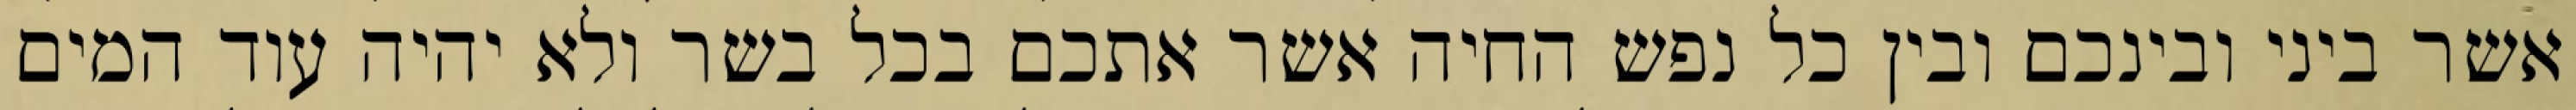
אשר ביני ובינכם ובין כל נפש החיה אשר אתכם בכל בשר ולא יהיה עוד המים